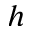
h